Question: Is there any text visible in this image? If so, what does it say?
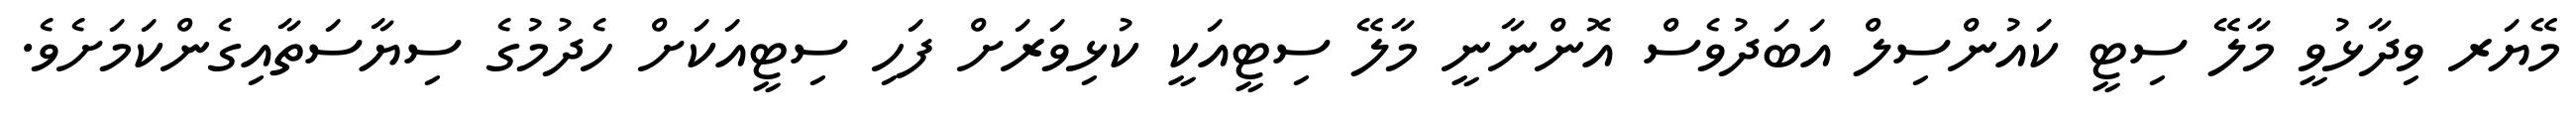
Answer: މޭޔަރ ވިދާޅުވީ މާލޭ ސިޓީ ކައުންސިލް އަބަދުވެސް އޮންނާނީ މާލޭ ސިޓީއަކީ ކުޅިވަރަށް ފަހި ސިޓީއަކަށް ހެދުމުގެ ސިޔާސަތާއިގެންކަމަށެވެ.